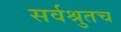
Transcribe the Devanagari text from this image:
सर्वश्रुतच